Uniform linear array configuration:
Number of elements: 24
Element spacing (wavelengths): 0.75
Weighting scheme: hamming
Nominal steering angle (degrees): -60
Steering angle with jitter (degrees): -61.341
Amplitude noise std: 0.05
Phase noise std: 0.05

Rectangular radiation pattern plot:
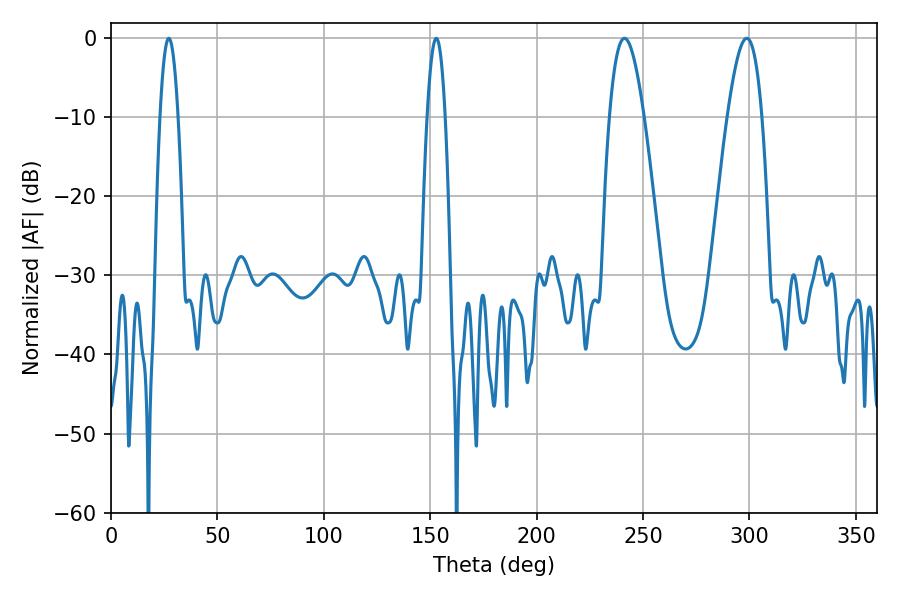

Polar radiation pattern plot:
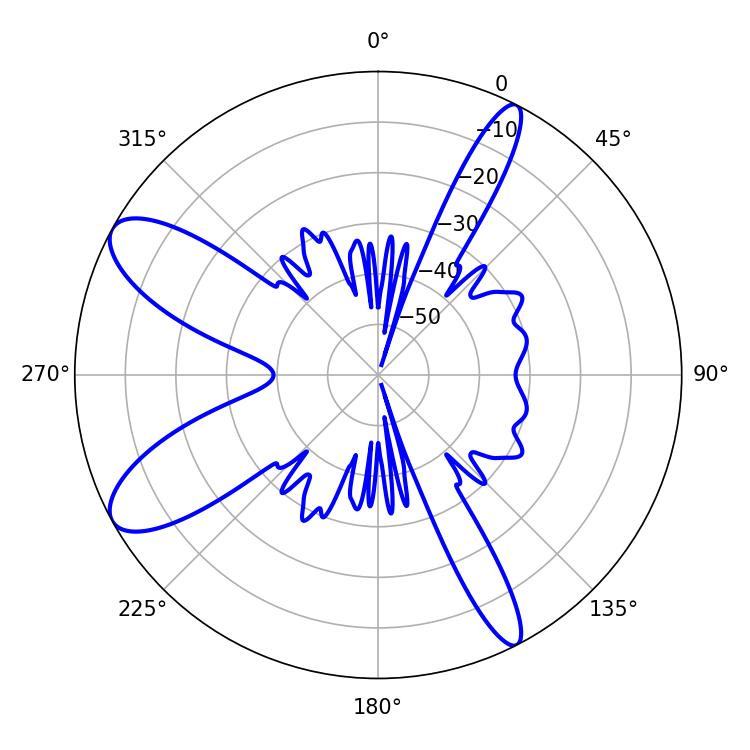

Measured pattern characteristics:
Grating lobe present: TRUE
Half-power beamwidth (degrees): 4.68
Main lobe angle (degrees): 27.18